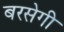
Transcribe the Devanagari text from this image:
बरसेगी